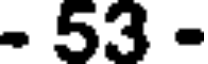
- 53 -